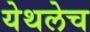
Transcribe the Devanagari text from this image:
येथलेच